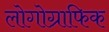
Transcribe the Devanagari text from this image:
लोगोग्राफिक